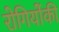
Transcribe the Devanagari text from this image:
रोगियोंकी